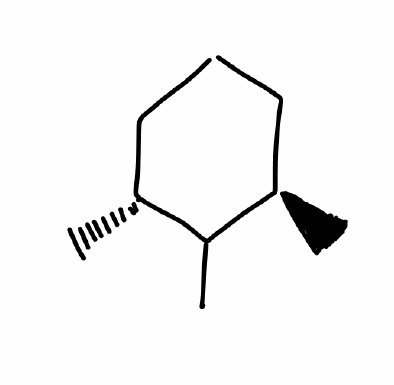
Simplified molecular-input line-entry system (SMILES) notation of the given molecule:
C[C@@H]1CCC[C@H](C1C)C